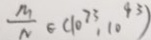
\frac { M } { N } \in ( 1 0 ^ { 7 3 } , 1 0 ^ { 9 3 } )